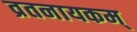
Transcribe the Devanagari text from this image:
व्रतनायकम्